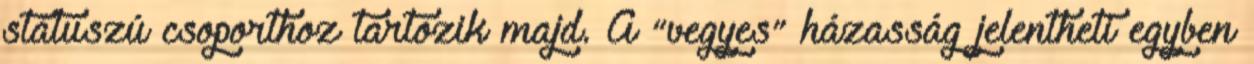
státuszú csoporthoz tartozik majd. A “vegyes” házasság jelentheti egyben